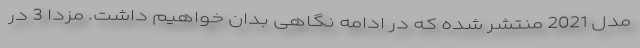
مدل 2021 منتشر شده که در ادامه نگاهی بدان خواهیم داشت. مزدا 3 در